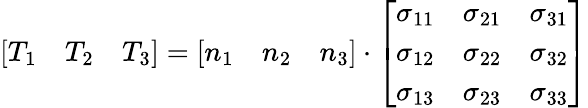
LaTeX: {\left[\begin{array}{lll}{T_{1}}&{T_{2}}&{T_{3}}\end{array}\right]}={\left[\begin{array}{lll}{n_{1}}&{n_{2}}&{n_{3}}\end{array}\right]}\cdot{\left[\begin{array}{lll}{\sigma_{11}}&{\sigma_{21}}&{\sigma_{31}}\\ {\sigma_{12}}&{\sigma_{22}}&{\sigma_{32}}\\ {\sigma_{13}}&{\sigma_{23}}&{\sigma_{33}}\end{array}\right]}